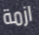
ازمة